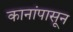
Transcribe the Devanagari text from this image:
कानांपासून